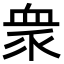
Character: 衆